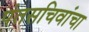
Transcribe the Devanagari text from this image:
पंतसचिवांचा